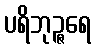
ပရိဘုဉ္ဇရေ